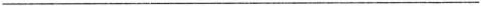
___